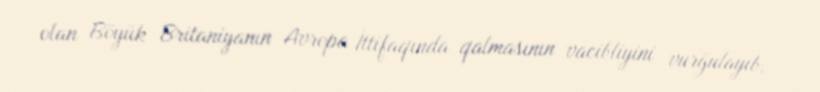
olan Böyük Britaniyanın Avropa İttifaqında qalmasının vacibliyini vurğulayıb.